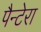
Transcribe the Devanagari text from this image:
पैन्टेरा